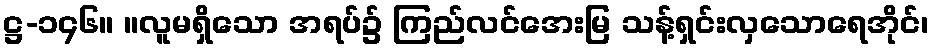
ဋ္ဌ-၁၄၆။ ။လူမရှိသော အရပ်၌ ကြည်လင်အေးမြ သန့်ရှင်းလှသောရေအိုင်၊